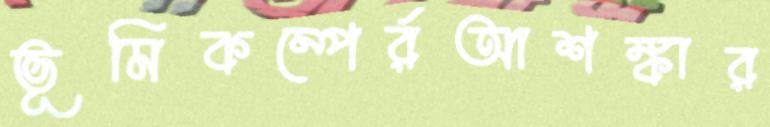
ভূমিকম্পের্রআশঙ্কার